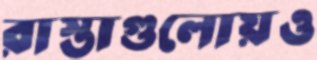
রাস্তাগুলোয়ও